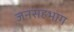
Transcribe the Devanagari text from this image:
जनसहभाग